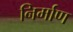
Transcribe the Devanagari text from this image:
निर्माण्‍ा